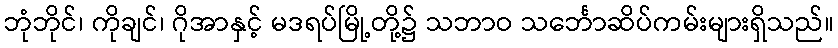
ဘုံဘိုင်၊ ကိုချင်၊ ဂိုအာနှင့် မဒရပ်မြို့တို့၌ သဘာဝ သင်္ဘောဆိပ်ကမ်းများရှိသည်။